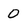
Character: 0